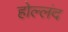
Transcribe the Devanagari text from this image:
होल्लंद